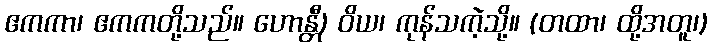
ဧကကာ၊ ဧကကတို့သည်။ ဟောန္တီ) ဝိယ၊ ကုန်သကဲ့သို့။ (တထာ၊ ထို့အတူ၊)